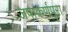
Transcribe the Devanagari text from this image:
जपाकर्णपूरा